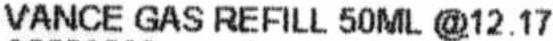
VANCE GAS REFILL 50ML @12.17